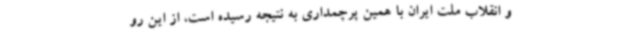
و انقلاب ملت ایران با همین پرچمداری به نتیجه رسیده است، از این رو